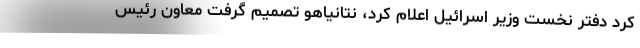
کرد دفتر نخست وزیر اسرائیل اعلام کرد، نتانیاهو تصمیم گرفت معاون رئیس